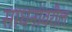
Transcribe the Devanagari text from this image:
साधनांवरील